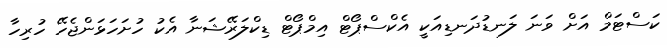
ކަސްޓަމް އަށް ވަނަ ލަނޑުދަނޑިއަކީ އެކްސްޕޯޓް އިމްޕޯޓް ޑިކްލަރޭޝަނާ އެކު ހުށަހަޅަންޖެހޭ ހުރިހާ